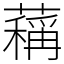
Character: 䕝